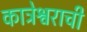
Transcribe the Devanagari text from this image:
कात्रेश्वराची